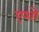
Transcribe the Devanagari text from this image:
एशो